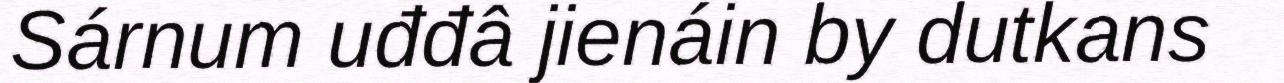
Sárnum uđđâ jienáin by dutkans